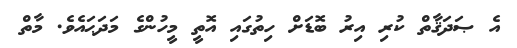
އެ ޞަދަޤާތް ކުރި އިރު ބޮޑަށް ހިތުގައި އޮތީ މީހުންގެ މަދަޙައެވެ. މާތް